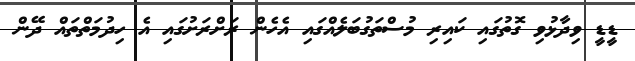
ޑީޑީ ވިދާޅުވި ގޮތުގައި ކައިރި މުސްތަގުބަލެއްގައި އެހެން ރަށްރަށުގައި އެ ހިދުމަތްތައް ދޭން